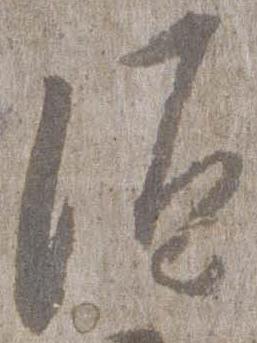
須